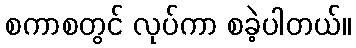
စကာစတွင် လုပ်ကာ စခဲ့ပါတယ်။